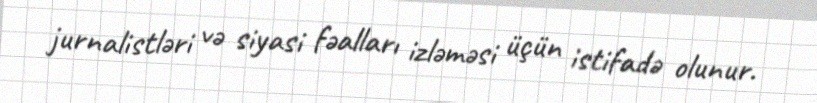
jurnalistləri və siyasi fəalları izləməsi üçün istifadə olunur.